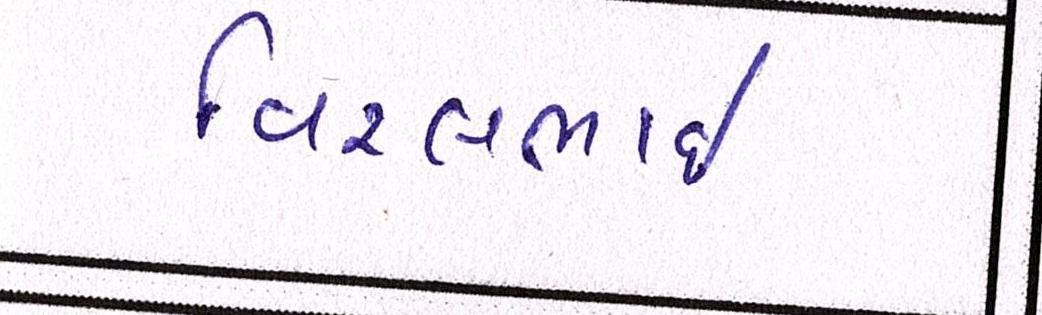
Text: વિરલભાઇ